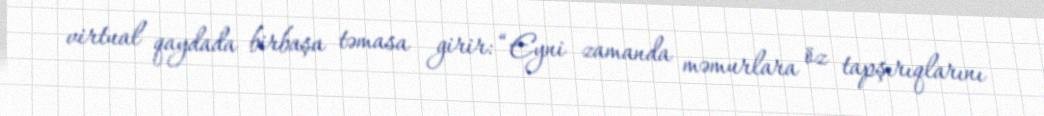
virtual qaydada birbaşa təmasa girir: “Eyni zamanda məmurlara öz tapşırıqlarını